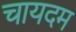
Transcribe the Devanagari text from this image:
चायदम